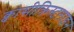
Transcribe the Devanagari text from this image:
क्वासीक्रिस्टलाइन